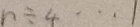
n \div 4 \cdots 1